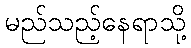
မည်သည့်နေရာသို့